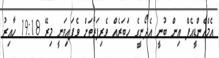
އެމްއެންޑީއެފް އިން ބުނީ އެދޯނީގެ ހަބަރެއް ވެރިފަރާތަށް ވެފައިވަނީ މިރޭ 19:18 ހާއިރު